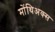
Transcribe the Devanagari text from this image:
मोंथिअक्स